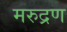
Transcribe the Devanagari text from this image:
मरुद्रण